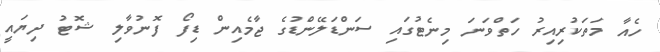
ހެއާ މަތަކުރިއިރު ހަތްވަނަ މިނެޓުގައި ސަންޑަލޭންޑުގެ ޖާމެއިން ޑިފޯ ފޮނުވާލި ޝޮޓު ދިޔައީ